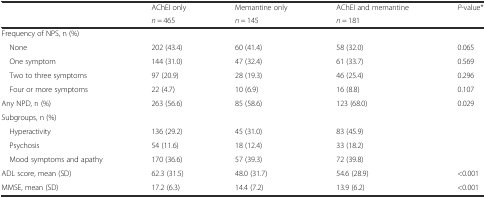
| <ROWSPAN=2>  | AChEI only | Memantine only | AChEI and memantine | <ROWSPAN=2> P-value* |
 | n = 465 | n = 145 | n = 181 |
 | --- | --- | --- | --- | --- |
 | Frequency of NPS, n (%) |  |  |  |  |
 | None | 202 (43.4) | 60 (41.4) | 58 (32.0) | 0.065 |
 | One symptom | 144 (31.0) | 47 (32.4) | 61 (33.7) | 0.569 |
 | Two to three symptoms | 97 (20.9) | 28 (19.3) | 46 (25.4) | 0.296 |
 | Four or more symptoms | 22 (4.7) | 10 (6.9) | 16 (8.8) | 0.107 |
 | Any NPD, n (%) | 263 (56.6) | 85 (58.6) | 123 (68.0) | 0.029 |
 | Subgroups, n (%) |  |  |  |  |
 | Hyperactivity | 136 (29.2) | 45 (31.0) | 83 (45.9) |  |
 | Psychosis | 54 (11.6) | 18 (12.4) | 33 (18.2) |  |
 | Mood symptoms and apathy | 170 (36.6) | 57 (39.3) | 72 (39.8) |  |
 | ADL score, mean (SD) | 62.3 (31.5) | 48.0 (31.7) | 54.6 (28.9) | <0.001 |
 | MMSE, mean (SD) | 17.2 (6.3) | 14.4 (7.2) | 13.9 (6.2) | <0.001 |